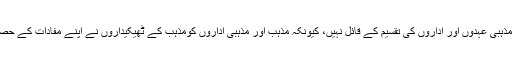
وہ مذہب میں درجہ بندی ،مذہبی عہدوں اور اداروں کی تقسیم کے قائل نہیں، کیونکہ مذہب اور مذہبی اداروں کومذہب کے ٹھیکیداروں نے اپنے مفادات کے حصول کا ذریعہ بنا رکھا ہے۔